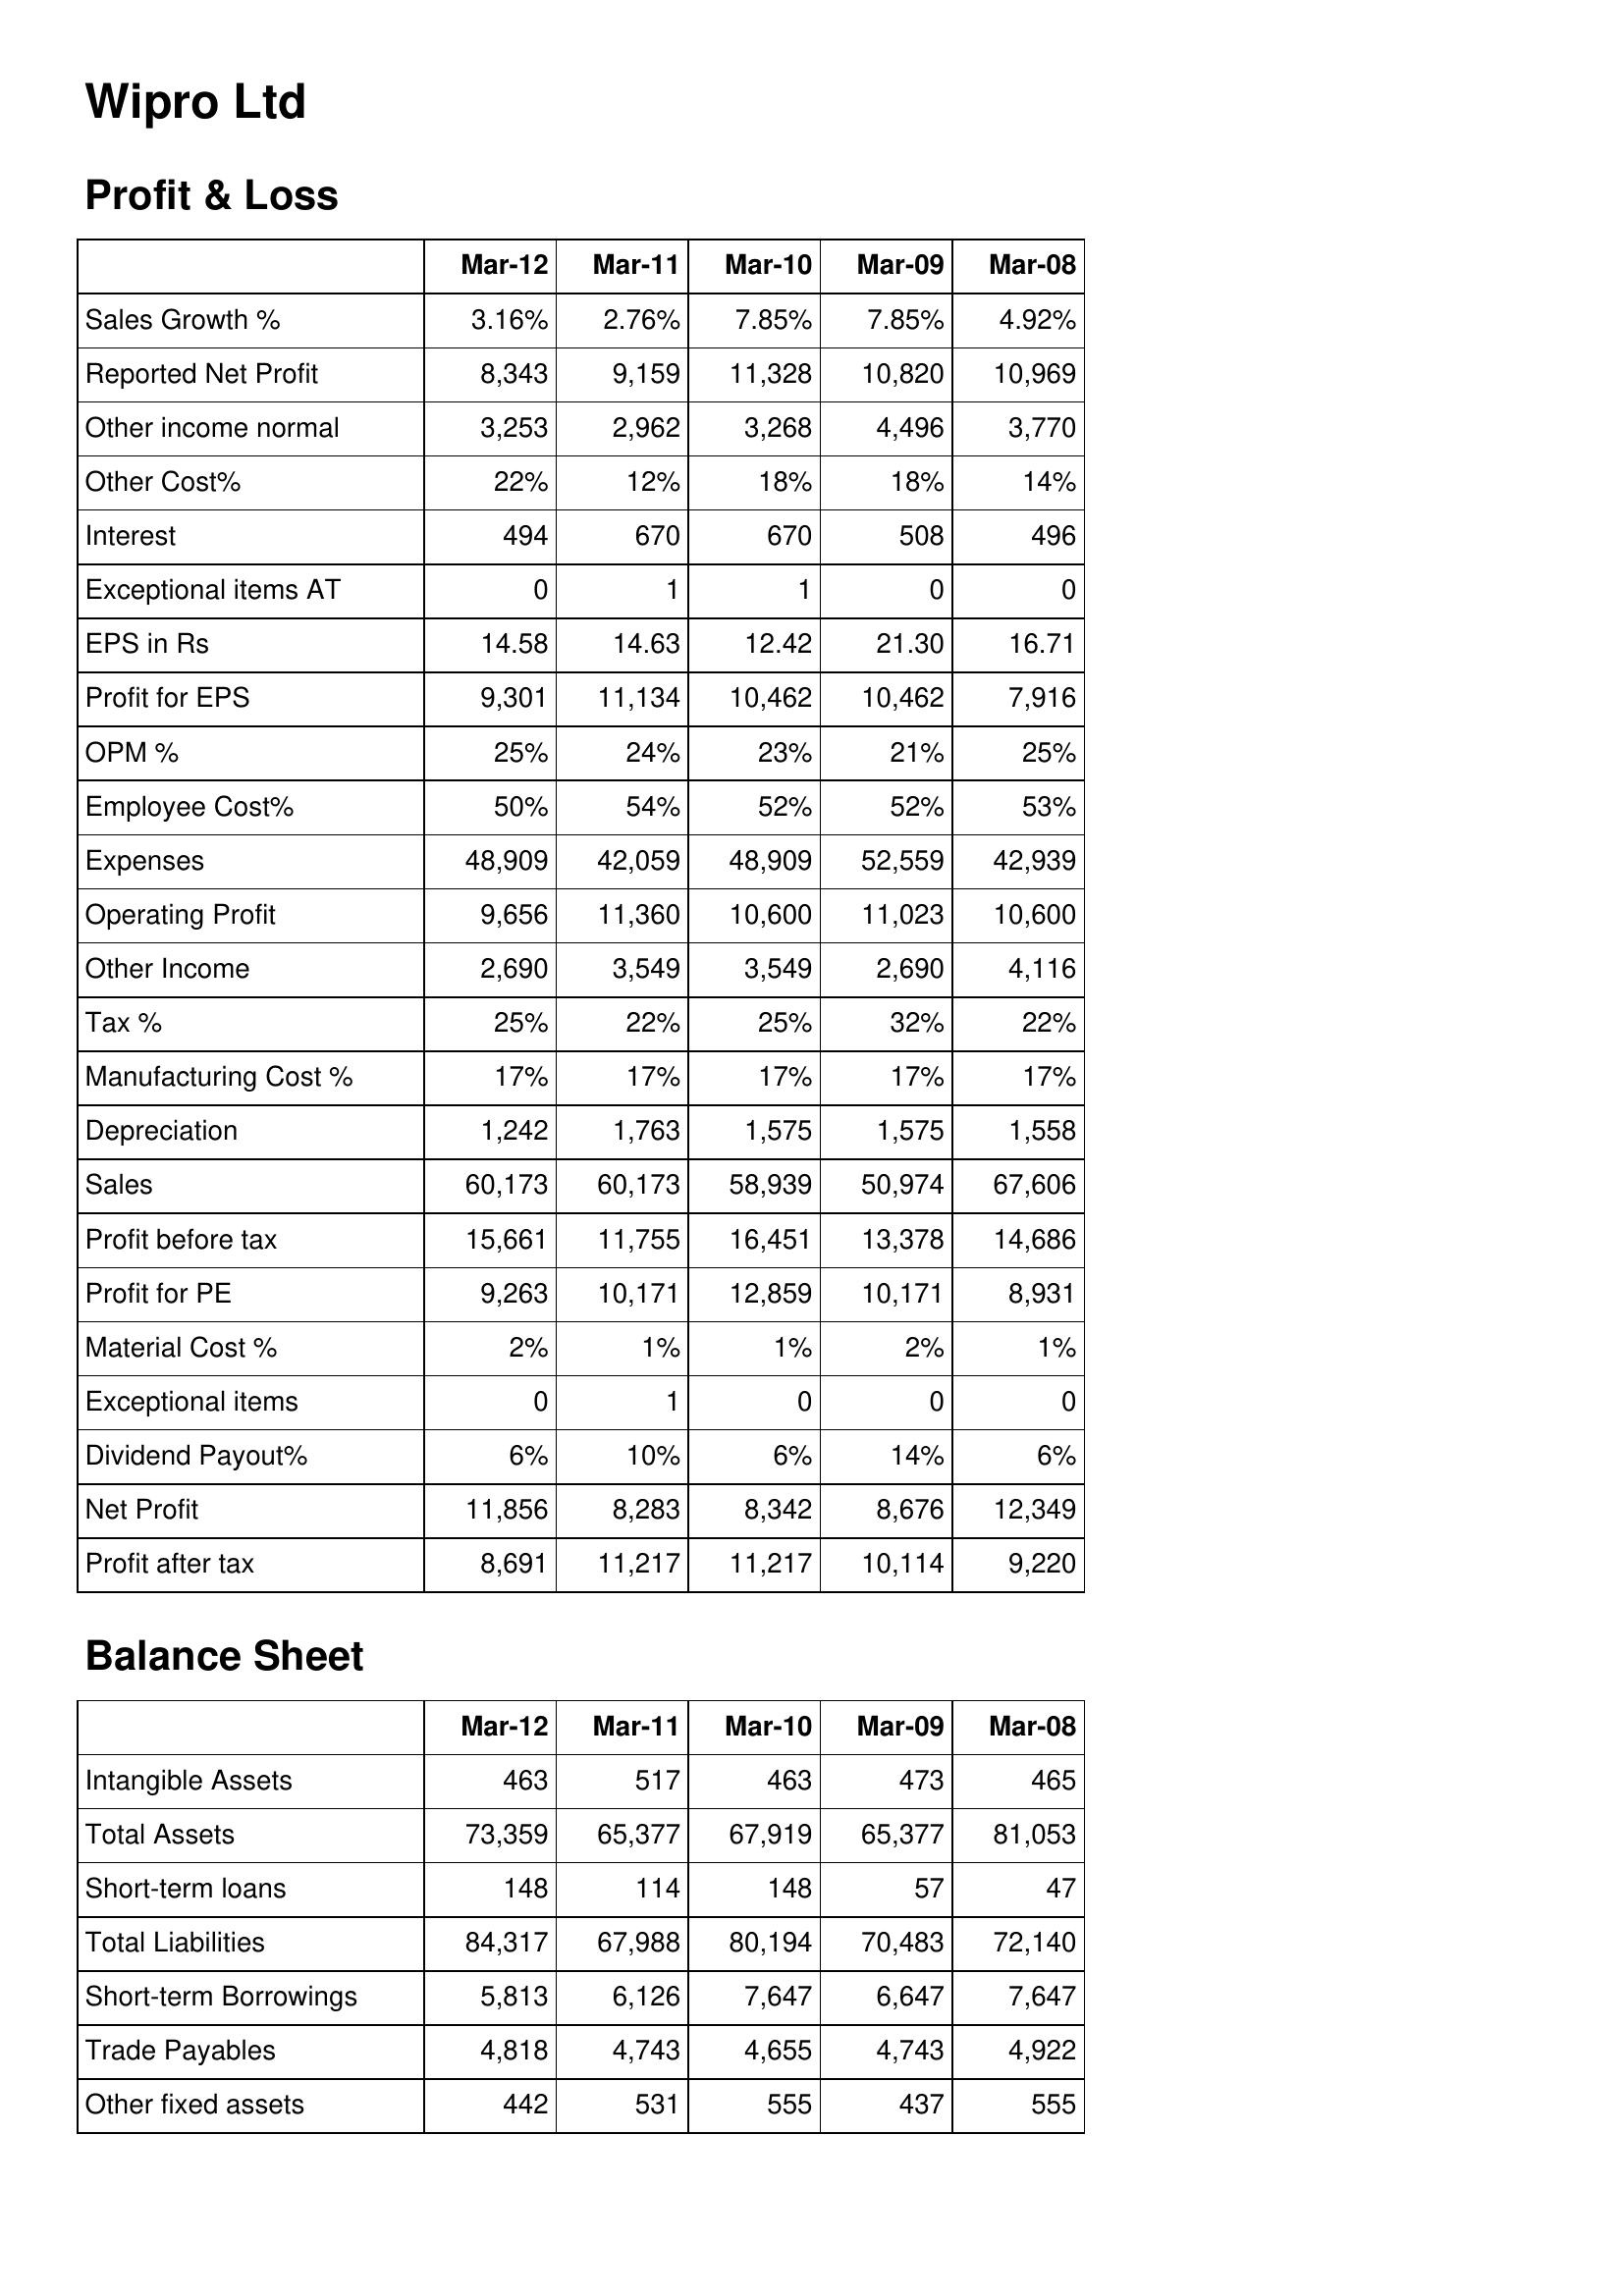
Mar-12: Profit & Loss: Sales Growth %: 3.16%
Reported Net Profit: 8,343
Other income normal: 3,253
Other Cost%: 22%
Interest: 494
Exceptional items AT: 0
EPS in Rs: 14.58
Profit for EPS: 9,301
OPM %: 25%
Employee Cost%: 50%
Expenses: 48,909
Operating Profit: 9,656
Other Income: 2,690
Tax %: 25%
Manufacturing Cost %: 17%
Depreciation: 1,242
Sales: 60,173
Profit before tax: 15,661
Profit for PE: 9,263
Material Cost %: 2%
Exceptional items: 0
Dividend Payout%: 6%
Net Profit: 11,856
Profit after tax: 8,691
Balance Sheet: Intangible Assets: 463
Total Assets: 73,359
Short-term loans: 148
Total Liabilities: 84,317
Short-term Borrowings: 5,813
Trade Payables: 4,818
Other fixed assets: 442
Mar-11: Profit & Loss: Sales Growth %: 2.76%
Reported Net Profit: 9,159
Other income normal: 2,962
Other Cost%: 12%
Interest: 670
Exceptional items AT: 1
EPS in Rs: 14.63
Profit for EPS: 11,134
OPM %: 24%
Employee Cost%: 54%
Expenses: 42,059
Operating Profit: 11,360
Other Income: 3,549
Tax %: 22%
Manufacturing Cost %: 17%
Depreciation: 1,763
Sales: 60,173
Profit before tax: 11,755
Profit for PE: 10,171
Material Cost %: 1%
Exceptional items: 1
Dividend Payout%: 10%
Net Profit: 8,283
Profit after tax: 11,217
Balance Sheet: Intangible Assets: 517
Total Assets: 65,377
Short-term loans: 114
Total Liabilities: 67,988
Short-term Borrowings: 6,126
Trade Payables: 4,743
Other fixed assets: 531
Mar-10: Profit & Loss: Sales Growth %: 7.85%
Reported Net Profit: 11,328
Other income normal: 3,268
Other Cost%: 18%
Interest: 670
Exceptional items AT: 1
EPS in Rs: 12.42
Profit for EPS: 10,462
OPM %: 23%
Employee Cost%: 52%
Expenses: 48,909
Operating Profit: 10,600
Other Income: 3,549
Tax %: 25%
Manufacturing Cost %: 17%
Depreciation: 1,575
Sales: 58,939
Profit before tax: 16,451
Profit for PE: 12,859
Material Cost %: 1%
Exceptional items: 0
Dividend Payout%: 6%
Net Profit: 8,342
Profit after tax: 11,217
Balance Sheet: Intangible Assets: 463
Total Assets: 67,919
Short-term loans: 148
Total Liabilities: 80,194
Short-term Borrowings: 7,647
Trade Payables: 4,655
Other fixed assets: 555
Mar-09: Profit & Loss: Sales Growth %: 7.85%
Reported Net Profit: 10,820
Other income normal: 4,496
Other Cost%: 18%
Interest: 508
Exceptional items AT: 0
EPS in Rs: 21.30
Profit for EPS: 10,462
OPM %: 21%
Employee Cost%: 52%
Expenses: 52,559
Operating Profit: 11,023
Other Income: 2,690
Tax %: 32%
Manufacturing Cost %: 17%
Depreciation: 1,575
Sales: 50,974
Profit before tax: 13,378
Profit for PE: 10,171
Material Cost %: 2%
Exceptional items: 0
Dividend Payout%: 14%
Net Profit: 8,676
Profit after tax: 10,114
Balance Sheet: Intangible Assets: 473
Total Assets: 65,377
Short-term loans: 57
Total Liabilities: 70,483
Short-term Borrowings: 6,647
Trade Payables: 4,743
Other fixed assets: 437
Mar-08: Profit & Loss: Sales Growth %: 4.92%
Reported Net Profit: 10,969
Other income normal: 3,770
Other Cost%: 14%
Interest: 496
Exceptional items AT: 0
EPS in Rs: 16.71
Profit for EPS: 7,916
OPM %: 25%
Employee Cost%: 53%
Expenses: 42,939
Operating Profit: 10,600
Other Income: 4,116
Tax %: 22%
Manufacturing Cost %: 17%
Depreciation: 1,558
Sales: 67,606
Profit before tax: 14,686
Profit for PE: 8,931
Material Cost %: 1%
Exceptional items: 0
Dividend Payout%: 6%
Net Profit: 12,349
Profit after tax: 9,220
Balance Sheet: Intangible Assets: 465
Total Assets: 81,053
Short-term loans: 47
Total Liabilities: 72,140
Short-term Borrowings: 7,647
Trade Payables: 4,922
Other fixed assets: 555